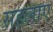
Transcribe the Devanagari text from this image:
सहलाए